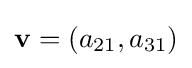
{\bf {v}}=(a_{21},a_{31})